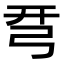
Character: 𢏗